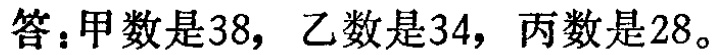
答：甲数是38，乙数是34，丙数是28。